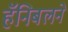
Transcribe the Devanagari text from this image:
हॅनिबलने